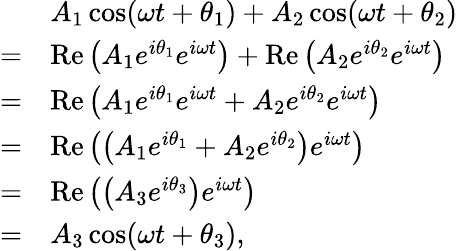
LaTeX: {\begin{array}{rl}&{A_{1}\cos(\omega t+\theta_{1})+A_{2}\cos(\omega t+\theta_{2})}\\ {=}&{\operatorname{Re}\left(A_{1}e^{i\theta_{1}}e^{i\omega t}\right)+\operatorname{Re}\left(A_{2}e^{i\theta_{2}}e^{i\omega t}\right)}\\ {=}&{\operatorname{Re}\left(A_{1}e^{i\theta_{1}}e^{i\omega t}+A_{2}e^{i\theta_{2}}e^{i\omega t}\right)}\\ {=}&{\operatorname{Re}\left(\left(A_{1}e^{i\theta_{1}}+A_{2}e^{i\theta_{2}}\right)e^{i\omega t}\right)}\\ {=}&{\operatorname{Re}\left(\left(A_{3}e^{i\theta_{3}}\right)e^{i\omega t}\right)}\\ {=}&{A_{3}\cos(\omega t+\theta_{3}),}\end{array}}